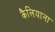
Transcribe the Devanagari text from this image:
कैलियाना